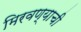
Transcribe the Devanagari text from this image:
मिरवण्याची